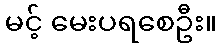
မင့် မေးပရစေဦး။